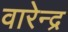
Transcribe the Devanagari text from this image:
वारेन्द्र